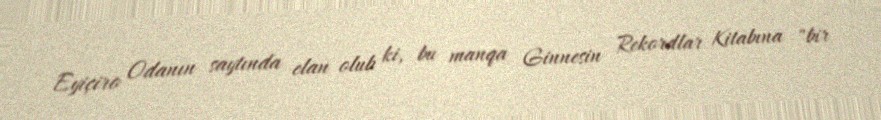
Eyiçiro Odanın saytında elan olub ki, bu manqa Ginnesin Rekordlar Kitabına "bir